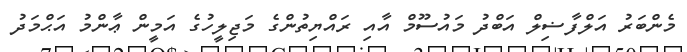
މެންބަރު އަލްފާޟިލް އަބްދު މައުސޫމް އާއި ރައްޔިތުންގެ މަޖިލީހުގެ އަމީން ޢާންމު އަޙްމަދު